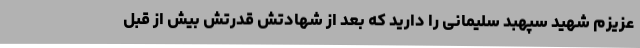
عزیزم شهید سپهبد سلیمانی را دارید که بعد از شهادتش قدرتش بیش از قبل